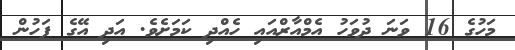
މަހުގެ 16 ވަނަ ދުވަހު އެމްއާރްއައި ހެއްދި ކަމަށެވެ. އަދި އޭގެ ފަހުން